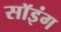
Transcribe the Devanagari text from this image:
सॉइंग